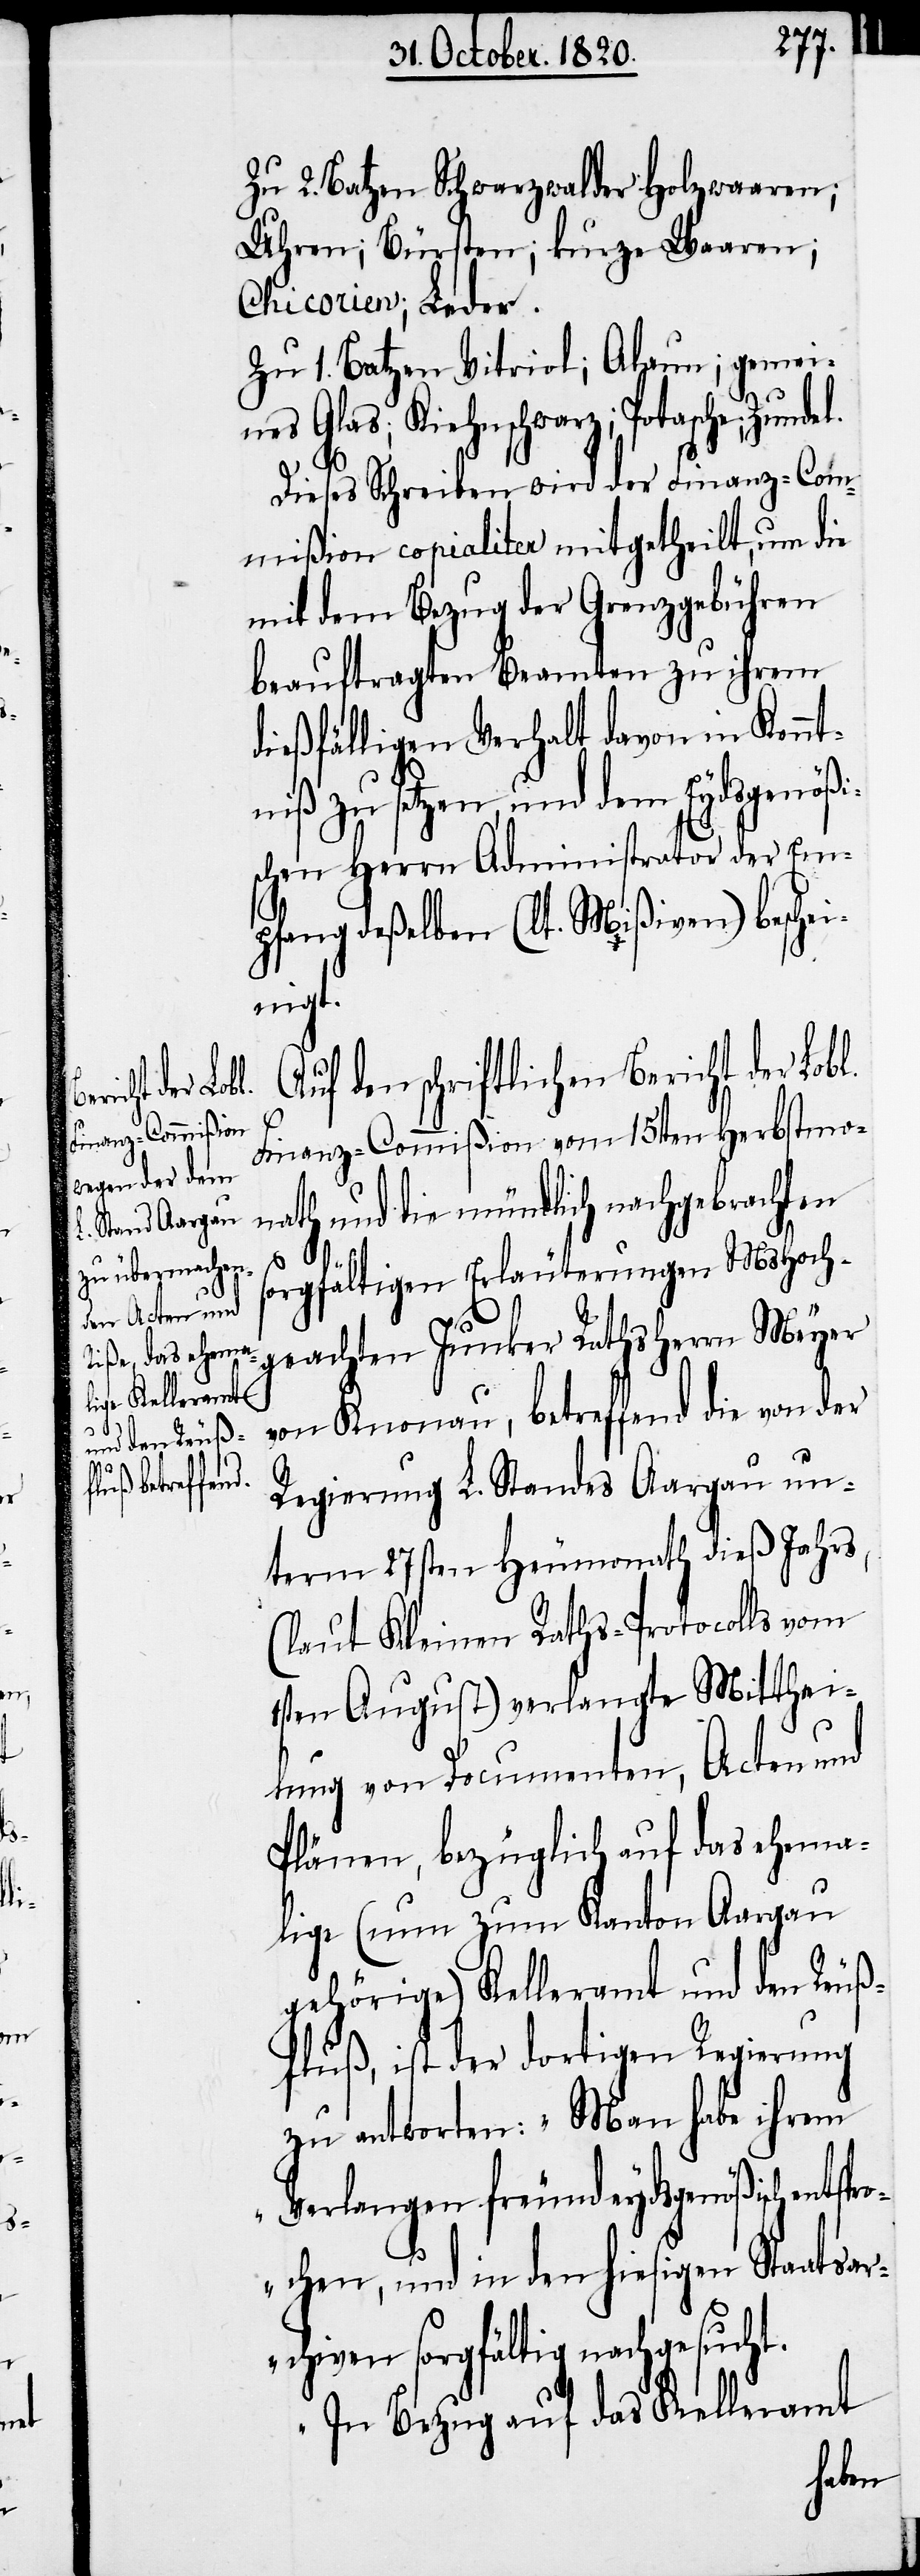
el.

Zu 2. Batzen Schwarzwalder Hochwaaren;
Uhren; Bürsten; kurze Waaren;
Chicorien; Leder.
Zu 1. Batzen Vitriol; Alaun; gemei¬
nes Glas; Kiehnschwarz; Potasche; Zund¬
Dieses Schreiben wird der Finanz-Com¬
mißion copialiter mitgetheilt, um die
mit dem Bezug der Grenzgebühren
beauftragten Beamten zu ihrem
dießfälligen Verhalt davon in Kennt¬
niß zu setzten, und dem Eydsgenößi¬
schen Herrn Administrator der Em¬
pfang deßelben (lt. Mißiven) beschei¬
nigt.
Auf den schriftlichen Bericht der Lobl.
Finanz-Commißion vom 15ten Herbstmo¬
nath und die mündlich nachgebrachten
sorgfältigen Erläuterungen MsHoch¬
geachten Junker Rathsherrn Meyer
von Knonau, betreffend die von der
Regierung L. Standes Aargau un¬
terem 27sten Heumonath dieß Jahrs,
(laut Kleinen Raths-Protocolls vom
1sten August) verlangte Mitthei¬
lung von Documenten, Acten und
Plänen, bezüglich auf das ehema¬
lige (nun zum Kanton Aargau
gehörige) Kelleramt und den Reuß¬
fluß, ist der dortigen Regierung
zu antworten: „Man habe ihrem
Verlangen freundeydsgenößisch ents¬
p¬
rochen, und in den hiesigen Staatsar¬
chiven sorgfältig nachgesucht.
In Bezug auf das Kelleramt